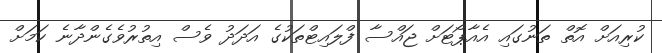
ކުރިއަށް އޮތް ތަނުގައި އެއާޕޯޓަށް ޖައްސާ ފްލައިޓްތަކުގެ އަދަދު ވެސް އިތުރުވެގެންދާނެ ކަމަށް